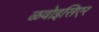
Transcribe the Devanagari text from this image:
ळवोइसिएर